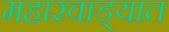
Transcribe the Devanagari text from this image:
महारवाड्यात